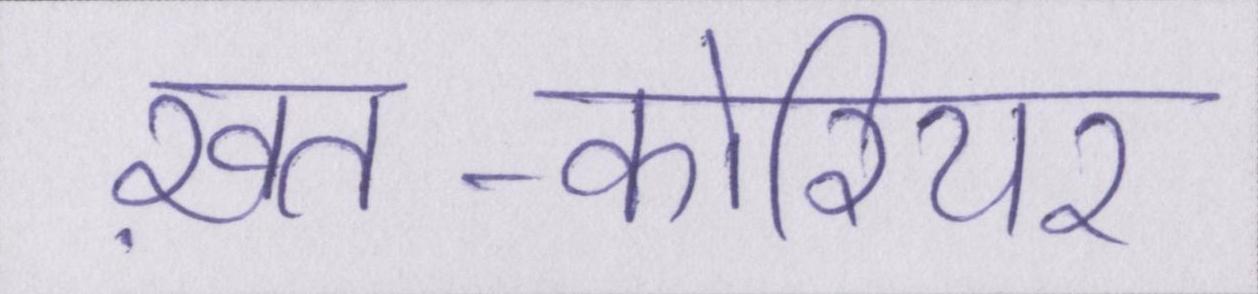
ख़त-कोरियर